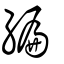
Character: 編